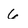
Character: 6